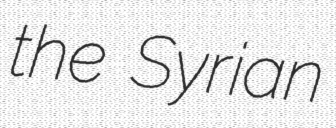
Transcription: the Syrian